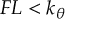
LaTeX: F L < k _ { \theta }